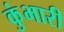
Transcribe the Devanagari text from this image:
कुंभारी